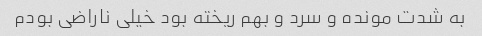
به شدت مونده و سرد و بهم ریخته بود خیلی ناراضی بودم